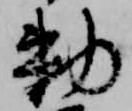
勅